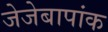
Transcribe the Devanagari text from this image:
जेजेबापांक